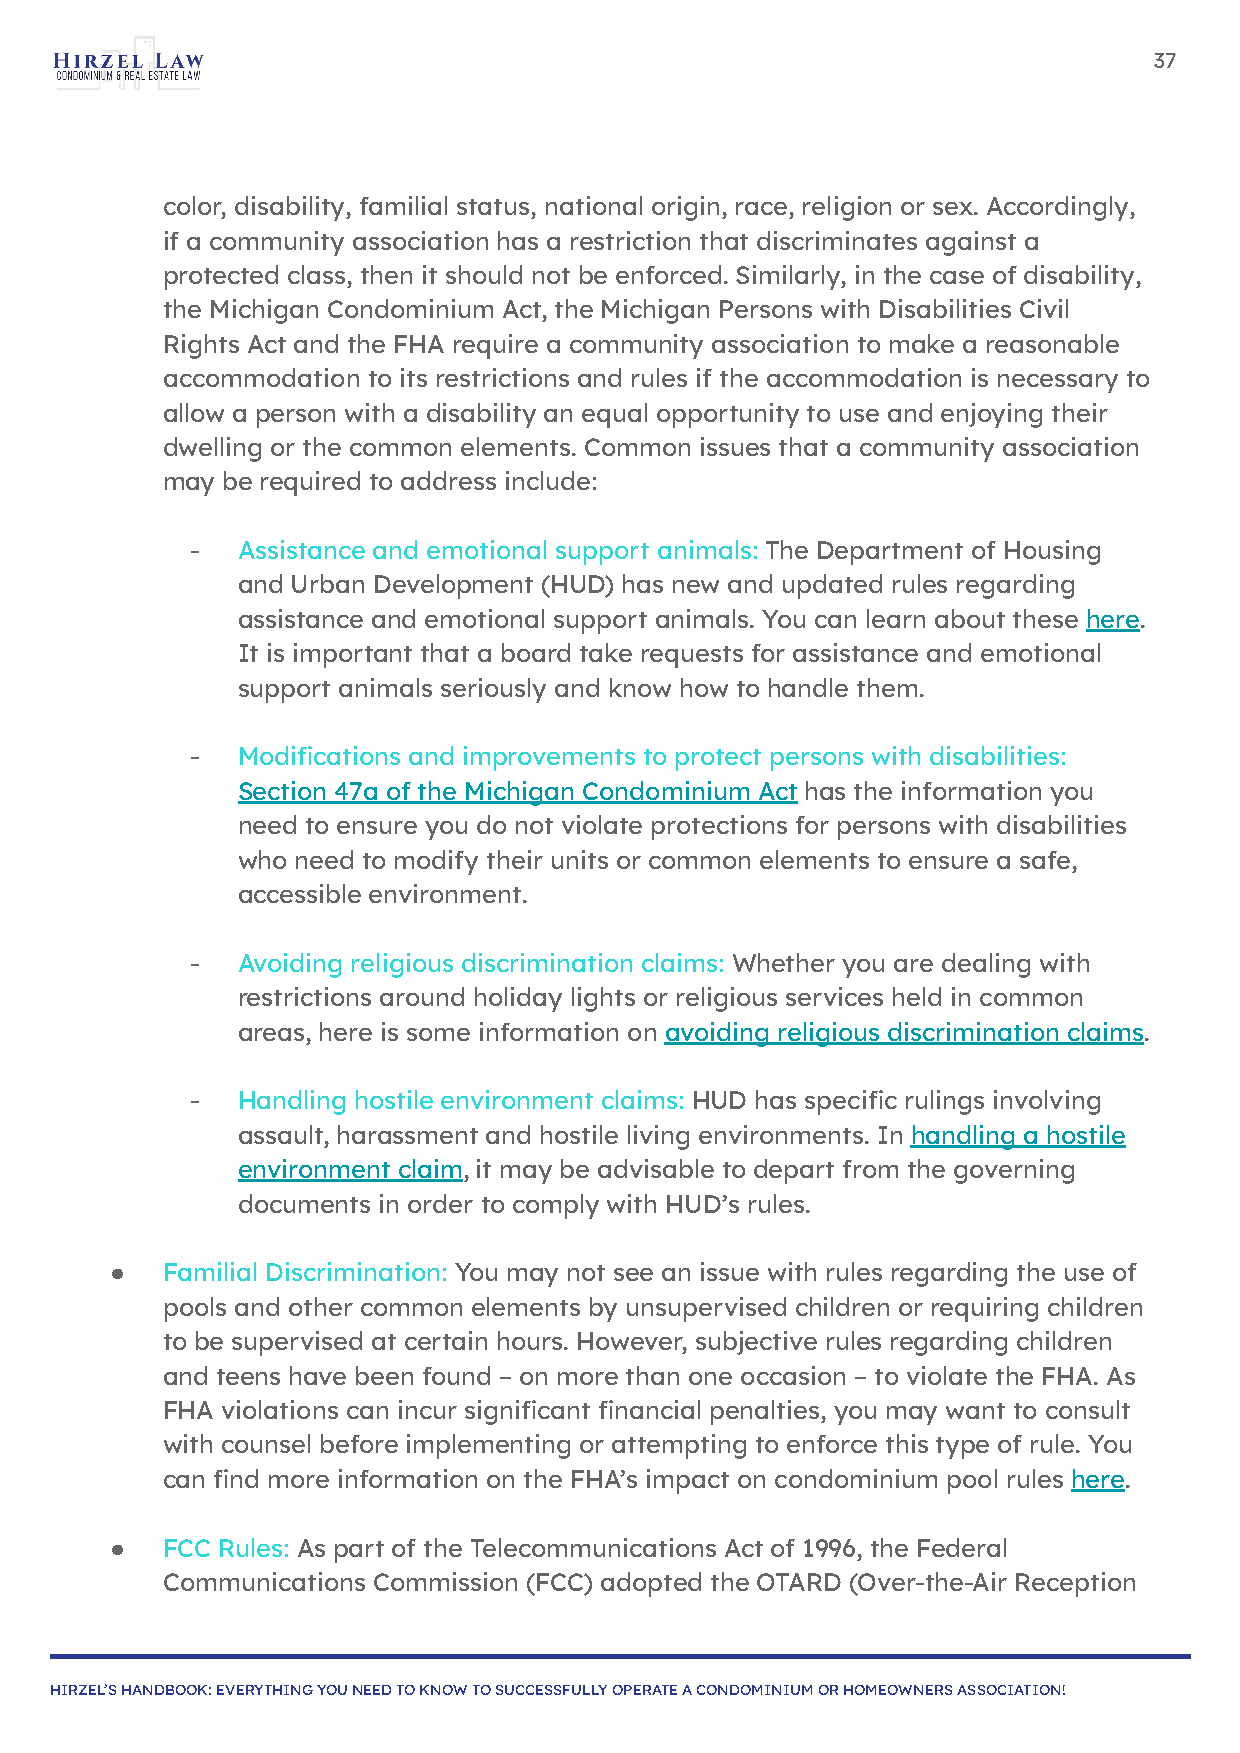
37
 color, disability, familial status, national origin, race, religion or sex. Accordingly,
 if a community association has a restriction that discriminates against a
 protected class, then it should not be enforced. Similarly, in the case of disability,
 the Michigan Condominium Act, the Michigan Persons with Disabilities Civil
 Rights Act and the FHA require a community association to make a reasonable
 accommodation to its restrictions and rules if the accommodation is necessary to
 allow a person with a disability an equal opportunity to use and enjoying their
 dwelling or the common elements. Common issues that a community association
 may be required to address include:
 -  Assistance and emotional support animals: The Department of Housing
 and Urban Development (HUD) has new and updated rules regarding
 assistance and emotional support animals. You can learn about these here.
 It is important that a board take requests for assistance and emotional
 support animals seriously and know how to handle them.
 -  Modifications and improvements to protect persons with disabilities:
 Section 47a of the Michigan Condominium Act has the information you
 need to ensure you do not violate protections for persons with disabilities
 who need to modify their units or common elements to ensure a safe,
 accessible environment.
 -  Avoiding religious discrimination claims: Whether you are dealing with
 restrictions around holiday lights or religious services held in common
 areas, here is some information on avoiding religious discrimination claims.
 -  Handling hostile environment claims: HUD has specific rulings involving
 assault, harassment and hostile living environments. In handling a hostile
 environment claim, it may be advisable to depart from the governing
 documents in order to comply with HUD’s rules.
 ●   Familial Discrimination: You may not see an issue with rules regarding the use of
 pools and other common elements by unsupervised children or requiring children
 to be supervised at certain hours. However, subjective rules regarding children
 and teens have been found – on more than one occasion – to violate the FHA. As
 FHA violations can incur significant financial penalties, you may want to consult
 with counsel before implementing or attempting to enforce this type of rule. You
 can find more information on the FHA’s impact on condominium pool rules here.
 ●   FCC Rules: As part of the Telecommunications Act of 1996, the Federal
 Communications Commission (FCC) adopted the OTARD (Over-the-Air Reception
 HIRZEL’S HANDBOOK: EVERYTHING YOU NEED TO KNOW TO SUCCESSFULLY OPERATE A CONDOMINIUM OR HOMEOWNERS ASSOCIATION!